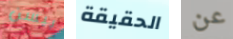
بيسن الحقيقة عن